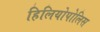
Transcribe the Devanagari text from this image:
हिलियोपोलिस